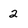
Character: 2